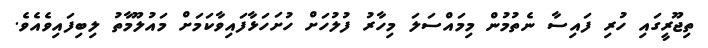
ތިޖޫރީގައި ހުރި ފައިސާ ނެތުމުން މިމައްސަލަ މިހާރު ފުލުހަށް ހުށަހަޅާފައިވާކަމަށް މައުލޫމާތު ލިބިފައިވެއެވެ.